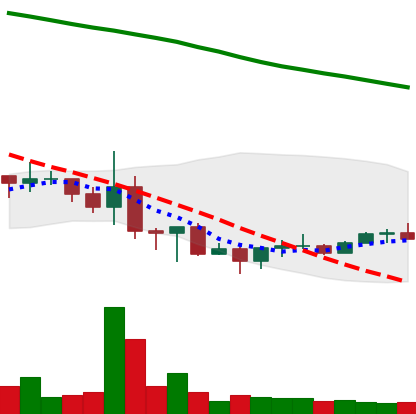
Ticker: NEO-USD
Chart end date: 2022-06-26
Forward return: -13.704%
Label: down_7plus